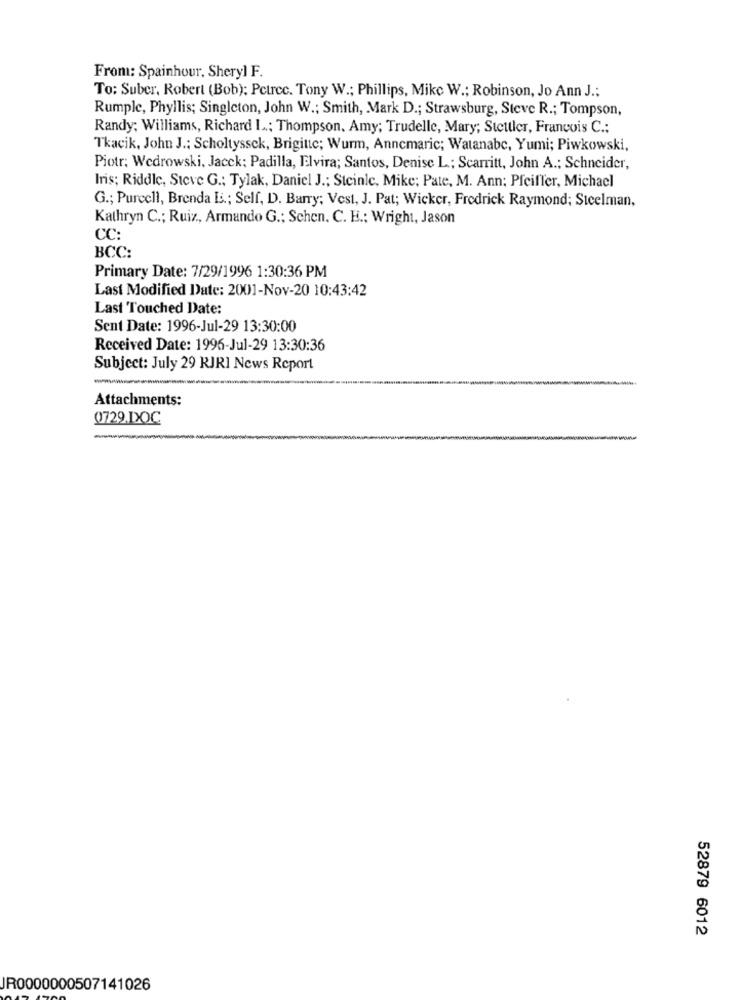
From: Spainhour, Sheryl F.
To: Suber, Robert (Bob): Petrcc. Tony W .; Phillips, Mike W .; Robinson, Jo Ann J .;
Rumple, Phyllis; Singleton, John W .: Smith, Mark D .; Strawsburg, Steve R .; Tompson,
Randy; Williams, Richard L; Thompson, Amy; Trudelle, Mary; Stettler, Francois C .:
Tkacik, John J .: Scholtyssck, Brigitte; Wurm, Anncmaric; Watanabe, Yumi; Piwkowski,
Piotr: Wedrowski, Jacek: Padilla, Elvira; Santos, Denise L .; Scarritt, John A .; Schneider,
Iris; Riddle, Steve G .; Tylak, Daniel J .; Steinle, Mike; Pate, M. Ann; Pfeiffer, Michael
G .; Purcell, Brenda E .; Self, D. Barry; Vest, J. Pat; Wicker, Fredrick Raymond; Stcelman,
Kathryn C .; Ruiz ., Armando G .; Schen. C. H .; Wright, Jason
CC:
BCC:
Primary Date: 7/29/1996 1:30:36 PM
Last Modified Date: 2001-Nov-20 10:43:42
Last Touched Date:
Sent Date: 1996-Jul-29 13:30:00
Received Date: 1996-Jul-29 13:30:36
Subject: July 29 KJRI News Report
Attachments:
Q729.DOC
52879 6012
JR0000000507141026